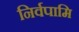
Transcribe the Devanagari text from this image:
निर्वपामि